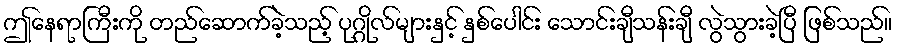
ဤနေရာကြီးကို တည်ဆောက်ခဲ့သည့် ပုဂ္ဂိုလ်များနှင့် နှစ်ပေါင်း သောင်းချီသန်းချီ လွဲသွားခဲ့ပြီ ဖြစ်သည်။